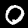
Digit: 0